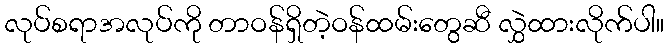
လုပ်စရာအလုပ်ကို တာဝန်ရှိတဲ့ဝန်ထမ်းတွေဆီ လွှဲထားလိုက်ပါ။